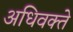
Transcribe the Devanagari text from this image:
अधिवक्ते